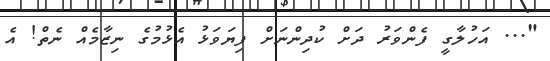
"... އަހުލާގީ ފެންވަރު ދަށް ކުދިންނަށް ފިޔަވަޅު އެޅުމުގެ ނިޒާމެއް ނެތް! އެ